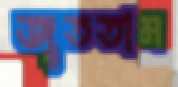
জুততাম